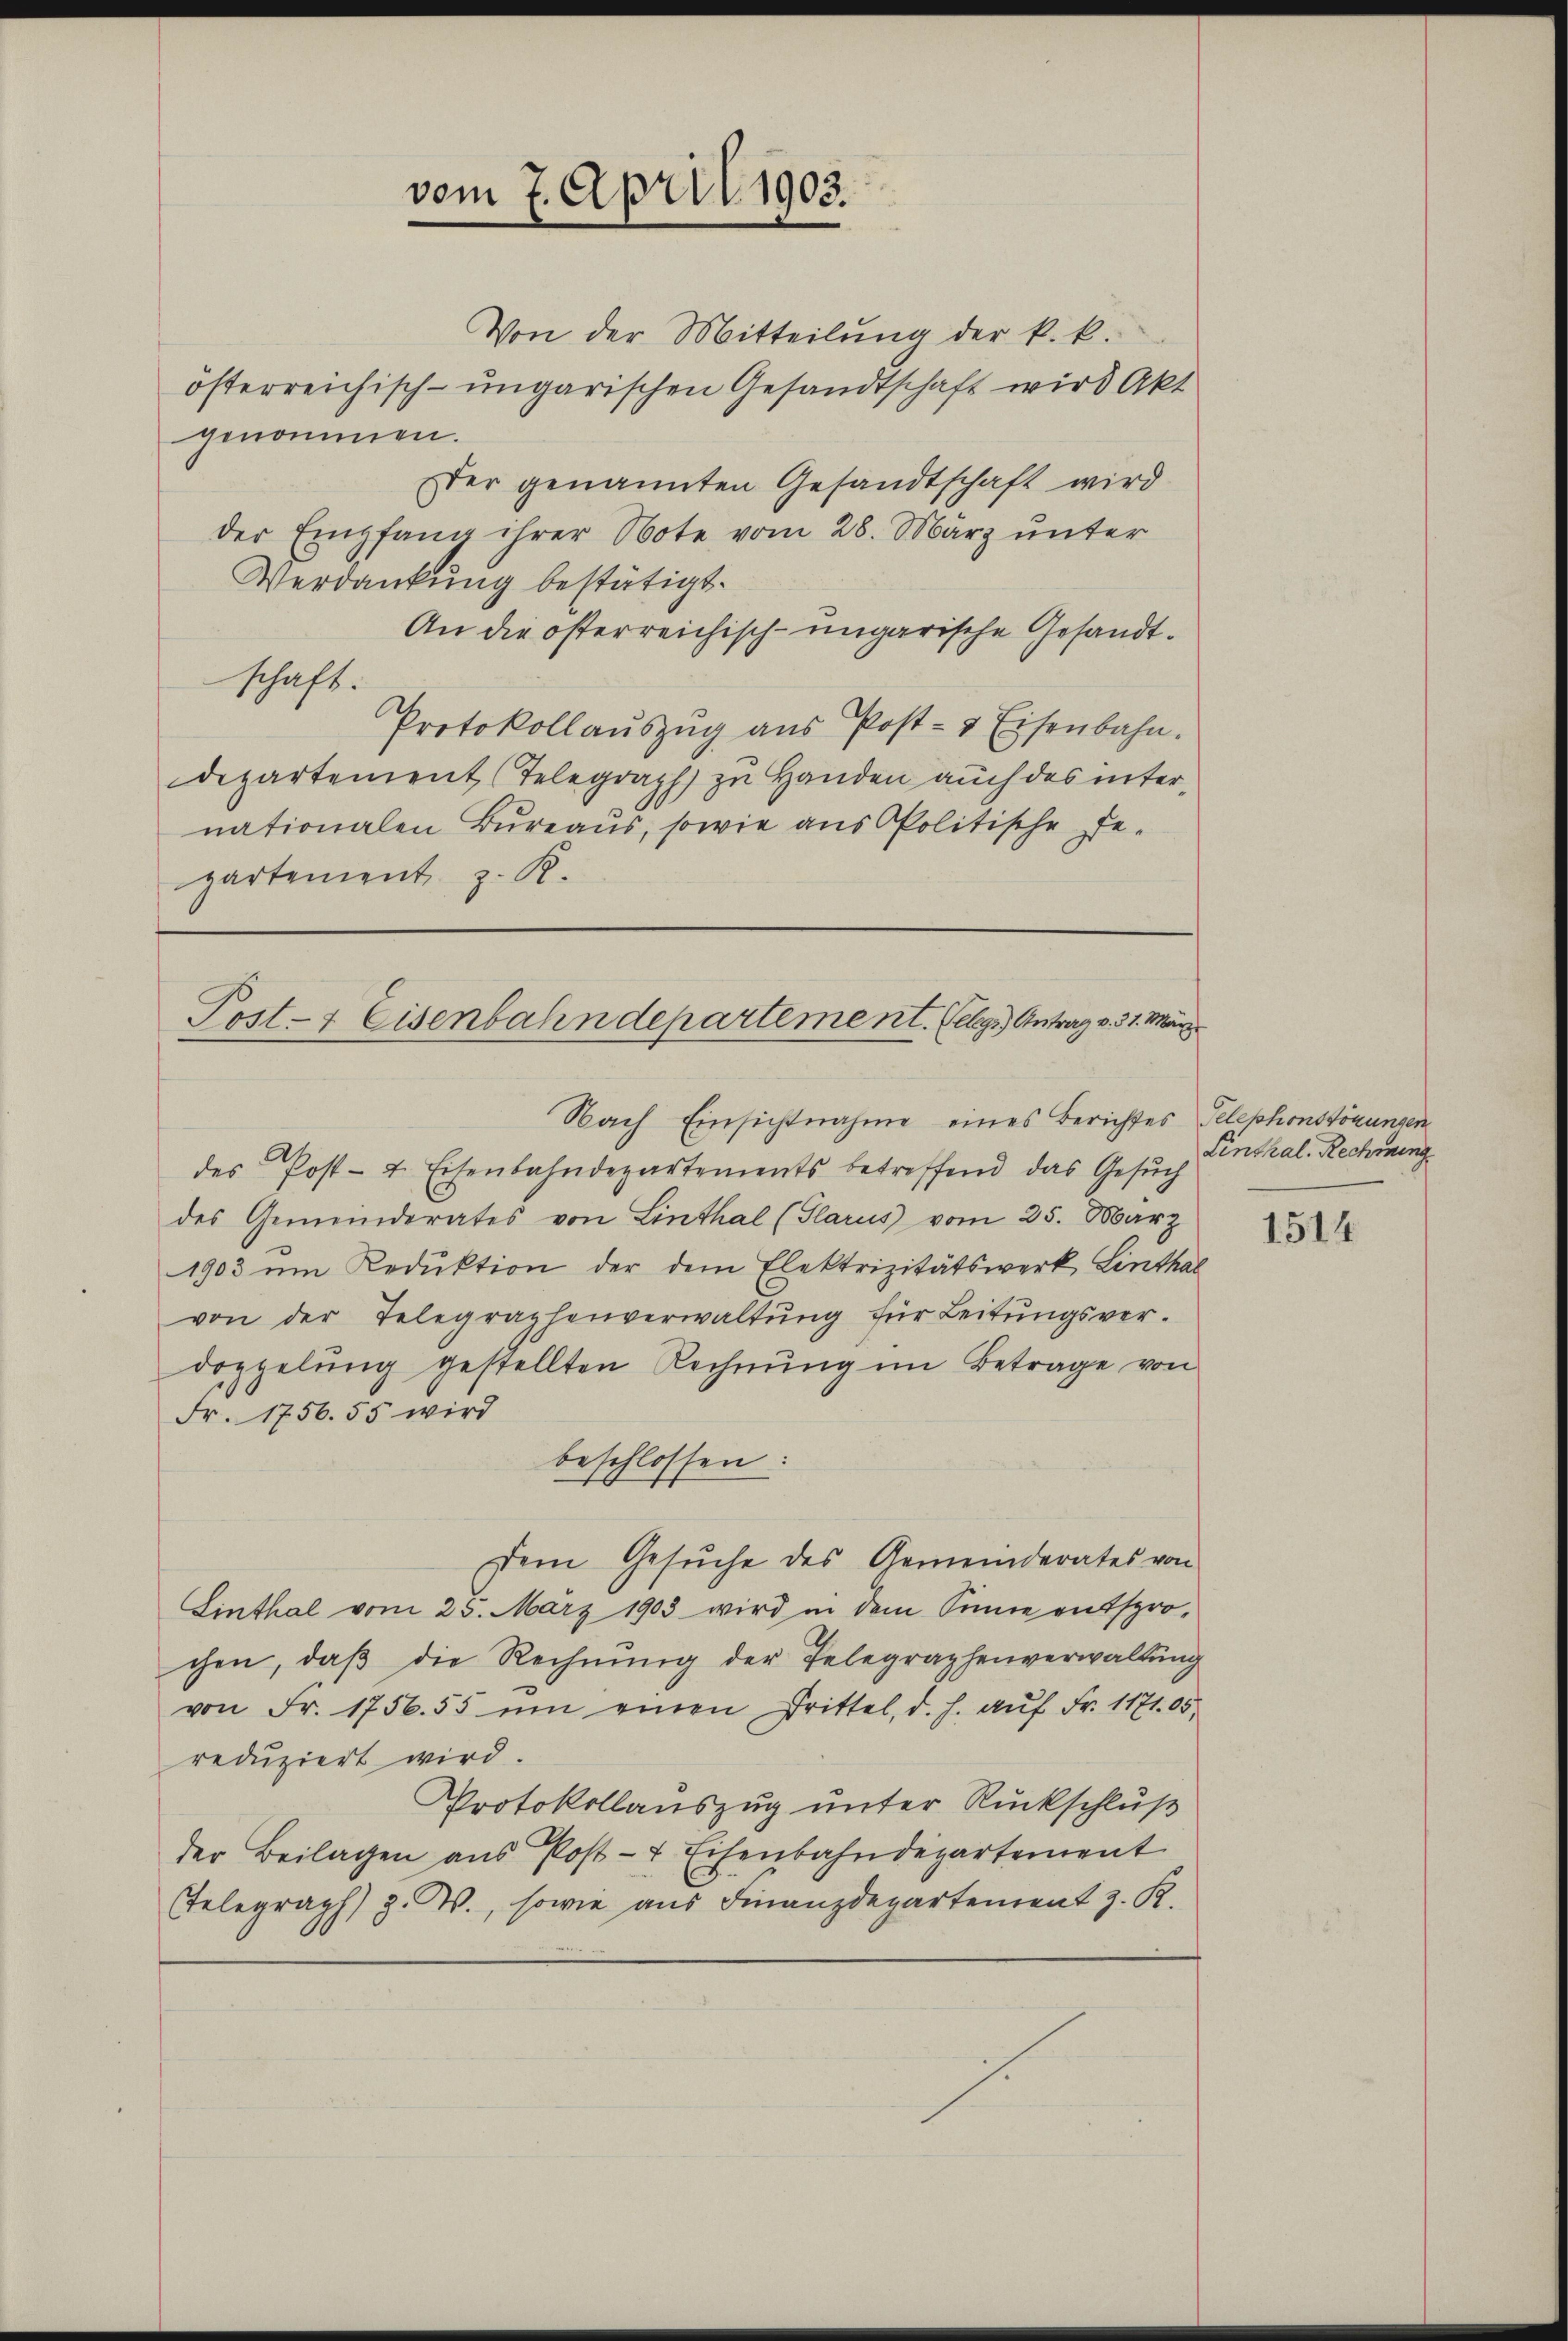
vom 7. April 1903.

Nach Einsichtnahme eines Berichtes Telephonskönungen
des Post- 4. Eisenbahndepartements betreffend das Gesŭch
des Gemeinderates von Linthal (Glarus vom 25. März
1903 um Reduktion der dem Elektrizitätswerk Linthal
von der Telegraphenverwaltŭng für Leitŭngsver-
doppelung gestellten Rechnung im Betrage von
Fr. 1756. 55 wird
beschlossen:
Dem Gesuche des Gemeinderates von
Linthal vom 25. März 1903 wird in dem Sinne entspro-
chen, daβ die Rechnŭng der Telegraphenverwaltŭng
von Fr. 1756. 55 ŭm einen Drittel, d. h. aŭf Fr. 1171. 05
reduziert wird.
Protokollauszug unter Rückschluß
der Beilagen aus Post- & Eisenbahndepartement
Telegraph) z. W., sowie aus Finanzdepartement z. R.

Von der Mitteilŭng der k. k.
österreichisch-ungarischen Gesandtschaft wird Akt
genommen.
Der genannten Gesandtschaft wird
der Empfang ihrer Note vom 28. März unter
Verdankung bestätigt.
An die österreichisch-ungarische Gesandtschaft:
Protokollaŭszŭg aŭs Post- & Eisenbahn.
departement (Telegraph zu Handen auch des inter
nationalen Bureaus, sowie aus Politische De-
partement z. R.

Post- & Eisenbahndepartement. Gelege Antrag v. 31. März

Linthal. Rechnung

1514